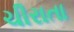
ચીરાતા